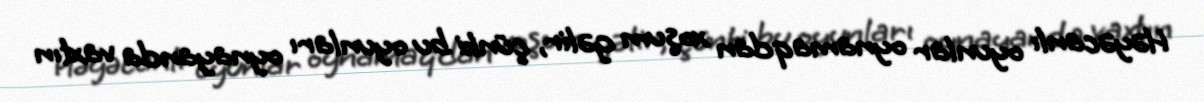
Həyəcanlı oyunlar oynamaqdan xoşum gəlir, çünki bu oyunları oynayanda vaxtın